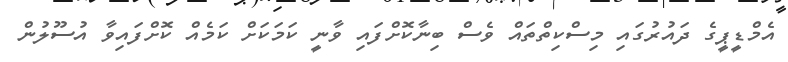
އެމްޑީޕީގެ ދައުރުގައި މިސްކިތްތައް ވެސް ބިނާކޮށްފައި ވާނީ ކަމަކަށް ކަމެއް ކޮށްފައިވާ އުސޫލުން